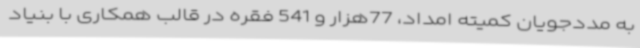
به مددجویان کمیته امداد، 77هزار و 541 فقره در قالب همکاری با بنیاد